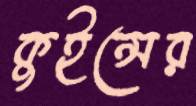
কুইন্সের